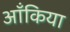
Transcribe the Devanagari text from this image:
ऑंकिया